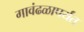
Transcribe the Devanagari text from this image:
गावंढळापर्यंत